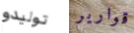
توليدو قوارير